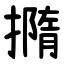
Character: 撱